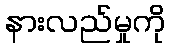
နားလည်မှုကို